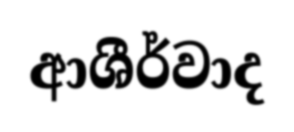
ආශීර්වාද